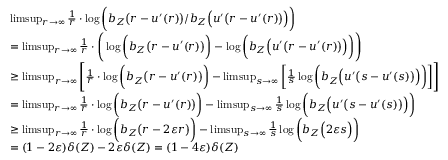
\begin{array} { r l } & { \operatorname* { l i m s u p } _ { r \rightarrow \infty } \frac { 1 } { r } \cdot \log \bigg ( b _ { Z } \big ( r - u ^ { \prime } ( r ) \big ) / b _ { Z } \Big ( u ^ { \prime } \big ( r - u ^ { \prime } ( r ) \big ) \Big ) \bigg ) } \\ & { = \operatorname* { l i m s u p } _ { r \rightarrow \infty } \frac { 1 } { r } \cdot \Bigg ( \log \bigg ( b _ { Z } \big ( r - u ^ { \prime } ( r ) \big ) \bigg ) - \log \bigg ( b _ { Z } \Big ( u ^ { \prime } \big ( r - u ^ { \prime } ( r ) \big ) \Big ) \bigg ) \Bigg ) } \\ & { \geq \operatorname* { l i m s u p } _ { r \rightarrow \infty } \Bigg [ \frac { 1 } { r } \cdot \log \bigg ( b _ { Z } \big ( r - u ^ { \prime } ( r ) \big ) \bigg ) - \operatorname* { l i m s u p } _ { s \rightarrow \infty } \bigg [ \frac { 1 } { s } \log \bigg ( b _ { Z } \Big ( u ^ { \prime } \big ( s - u ^ { \prime } ( s ) \big ) \Big ) \bigg ) \bigg ] \Bigg ] } \\ & { = \operatorname* { l i m s u p } _ { r \rightarrow \infty } \frac { 1 } { r } \cdot \log \bigg ( b _ { Z } \big ( r - u ^ { \prime } ( r ) \big ) \bigg ) - \operatorname* { l i m s u p } _ { s \rightarrow \infty } \frac { 1 } { s } \log \bigg ( b _ { Z } \Big ( u ^ { \prime } \big ( s - u ^ { \prime } ( s ) \big ) \Big ) \bigg ) } \\ & { \geq \operatorname* { l i m s u p } _ { r \rightarrow \infty } \frac { 1 } { r } \cdot \log \bigg ( b _ { Z } \big ( r - 2 \varepsilon r \big ) \bigg ) - \operatorname* { l i m s u p } _ { s \rightarrow \infty } \frac { 1 } { s } \log \bigg ( b _ { Z } \Big ( 2 \varepsilon s \Big ) \bigg ) } \\ & { = ( 1 - 2 \varepsilon ) \delta ( Z ) - 2 \varepsilon \delta ( Z ) = ( 1 - 4 \varepsilon ) \delta ( Z ) } \end{array}